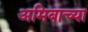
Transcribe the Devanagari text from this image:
अमिबाच्या